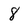
Character: 8